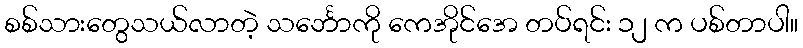
စစ်သားတွေသယ်လာတဲ့ သင်္ဘောကို ကေအိုင်အေ တပ်ရင်း ၁၂ က ပစ်တာပါ။